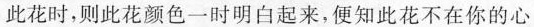
此花时，则此花颜色一时明白起来，便知此花不在你的心